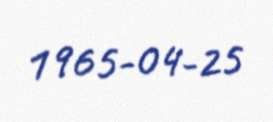
1965-04-25